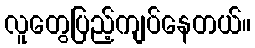
လူတွေပြည့်ကျပ်နေတယ်။